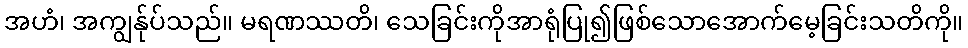
အဟံ၊ အကျွန်ုပ်သည်။ မရဏဿတိ၊ သေခြင်းကိုအာရုံပြု၍ဖြစ်သောအောက်မေ့ခြင်းသတိကို။